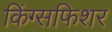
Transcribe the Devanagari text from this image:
किंग्सफिशर